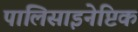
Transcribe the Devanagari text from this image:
पालिसाइनेप्टिक